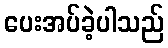
ပေးအပ်ခဲ့ပါသည်